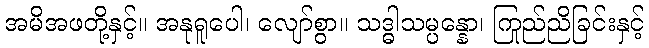
အမိအဖတို့နှင့်။ အနုရူပေါ၊ လျော်စွာ။ သဒ္ဓါသမ္ပန္နော၊ ကြည်ညိုခြင်းနှင့်